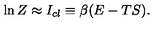
\ln Z \approx I _ { c l } \equiv \beta ( E - T S ) .